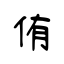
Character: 侑